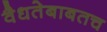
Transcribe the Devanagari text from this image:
वैधतेबाबतच